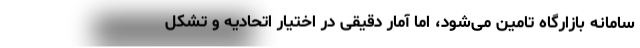
سامانه بازارگاه تامین می‌شود، اما آمار دقیقی در اختیار اتحادیه و تشکل